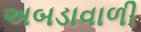
અબડાવાળી